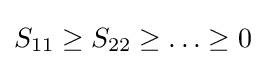
S_{11}\geq S_{22}\geq \ldots \geq 0